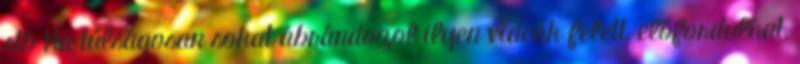
stb Ha túlságosan sokat ábrándozol ilyen videók felett, előfordulhat,